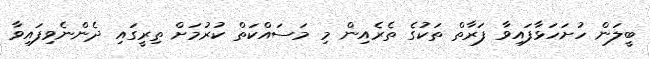
ބީލަން ހުށަހަޅާފައިވާ ފަރާތް ތަކުގެ ތެރެއިން މި މަސައްކަތް ކުރުމަށް ތިރީގައި ދެންނެވިފައިވާ